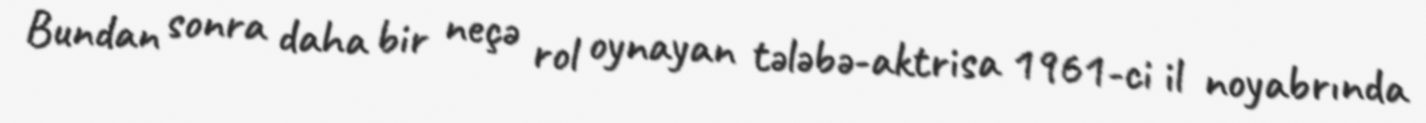
Bundan sonra daha bir neçə rol oynayan tələbə-aktrisa 1961-ci il noyabrında